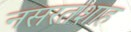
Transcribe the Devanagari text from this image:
नसरतशाह